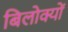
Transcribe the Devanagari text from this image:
बिलोक्‍यों